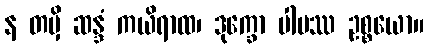
န တမှိ ဆန္ဒံ ကယိရာထ၊ ဒုက္ခော ပါပဿ ဥစ္စယော။